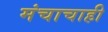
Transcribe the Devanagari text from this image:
मंचाचाही